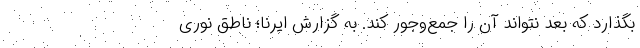
بگذارد که بعد نتواند آن را جمع‌وجور کند. به گزارش ایرنا؛ ناطق نوری